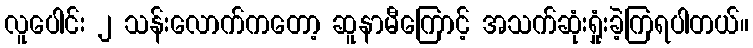
လူပေါင်း ၂ သန်းလောက်ကတော့ ဆူနာမီကြောင့် အသက်ဆုံးရှုံးခဲ့ကြရပါတယ်။